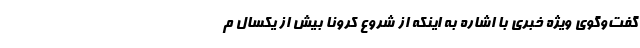
گفت‌وگوی ویژه خبری با اشاره به اینکه از شروع کرونا بیش از یکسال م